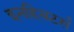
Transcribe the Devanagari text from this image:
इनहिबटर्स